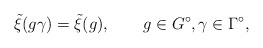
\begin{align*}\tilde{\xi}(g\gamma)=\tilde{\xi}(g),\qquad g\in G^\circ, \gamma\in\Gamma^\circ,\end{align*}